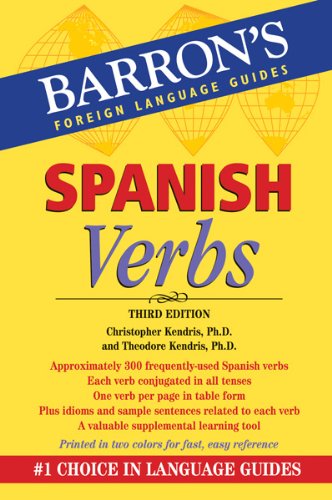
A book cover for Spanish Verbs (Barron's Verb Series); Christopher Kendris Ph.D.; Reference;